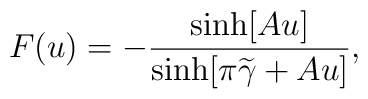
F(u) = -\frac{\sinh[Au]}{\sinh[\pi\widetilde{\gamma}+Au]},